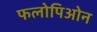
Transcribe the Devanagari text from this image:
फलोपिओन